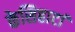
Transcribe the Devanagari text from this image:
केसिहाटां